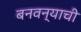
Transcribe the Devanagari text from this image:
बनवन्याची